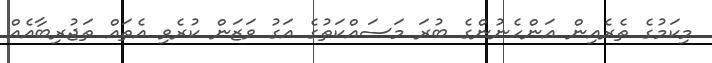
މިކަމުގެ ތެރެއިން އަންހެނުންގެ ބުރަ މަސައްކަތުގެ އަގު ވަޒަން ކުރެވި އެތައް ތަޖުރިބާއެއް